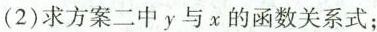
(2)求方案二中y与x的函数关系式；